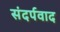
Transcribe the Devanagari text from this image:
संदर्पवाद